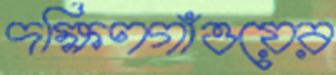
দক্ষিণগাঁওয়ের